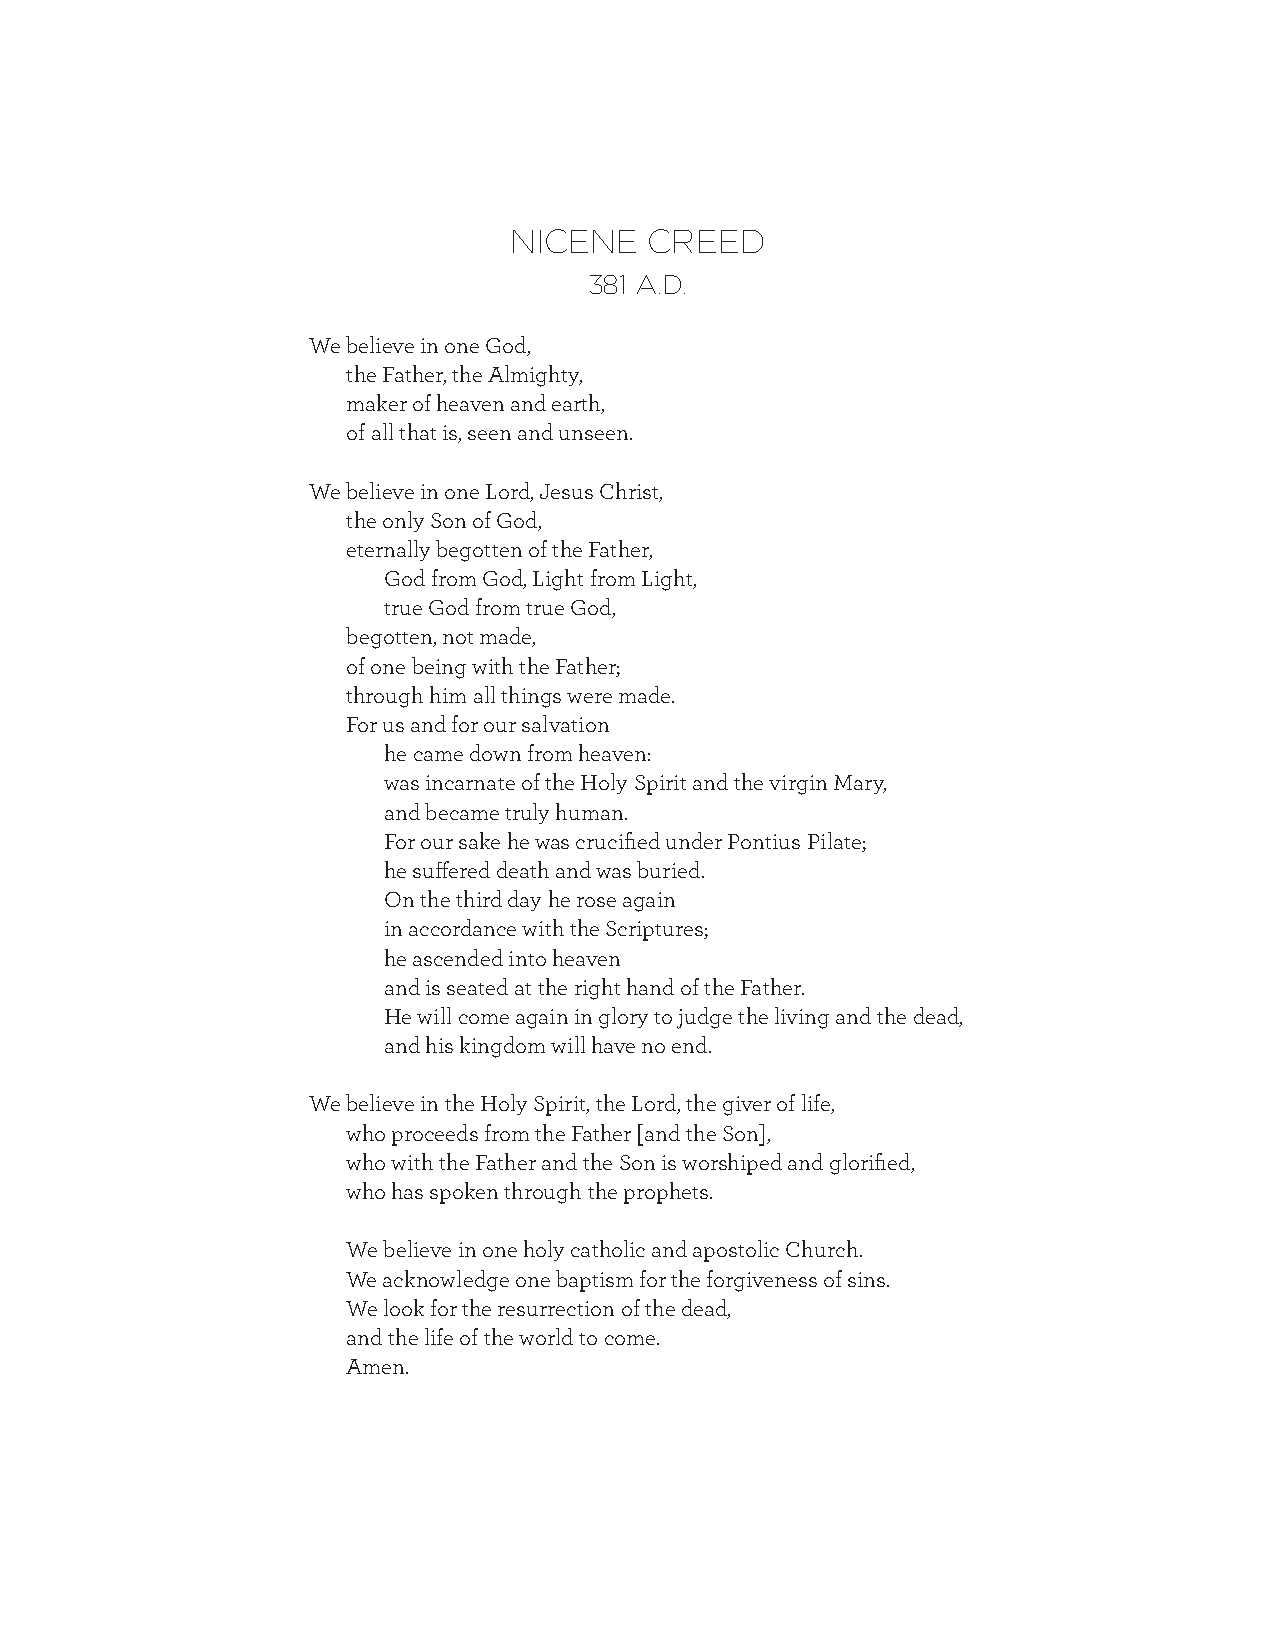
NICENE   CREED
 381 A.D.
 We believe in one God,
 the Father, the Almighty,
 maker of heaven and earth,
 of all that is, seen and unseen.
 We believe in one Lord, Jesus Christ,
 the only Son of God,
 eternally begotten of the Father,
 God from God, Light from Light,
 true God from true God,
 begotten, not made,
 of one being with the Father;
 through him all things were made.
 For us and for our salvation
 he came down from heaven:
 was incarnate of the Holy Spirit and the virgin Mary,
 and became truly human.
 For our sake he was crucified under Pontius Pilate;
 he suffered death and was buried.
 On the third day he rose again
 in accordance with the Scriptures;
 he ascended into heaven
 and is seated at the right hand of the Father.
 He will come again in glory to judge the living and the dead,
 and his kingdom will have no end.
 We believe in the Holy Spirit, the Lord, the giver of life,
 who proceeds from the Father [and the Son],
 who with the Father and the Son is worshiped and glorified,
 who has spoken through the prophets.
 We believe in one holy catholic and apostolic Church.
 We acknowledge one baptism for the forgiveness of sins.
 We look for the resurrection of the dead,
 and the life of the world to come.
 Amen.